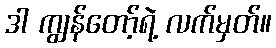
ဒါ ကျွန်တော့်ရဲ့ လက်မှတ်။